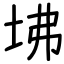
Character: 坲